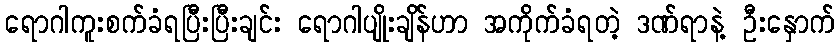
ရောဂါကူးစက်ခံရပြီးပြီးချင်း ရောဂါပျိုးချိန်ဟာ အကိုက်ခံရတဲ့ ဒဏ်ရာနဲ့ ဦးနှောက်